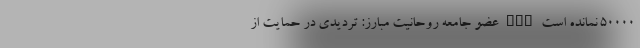
50000 نمانده است nan عضو جامعه روحانیت مبارز: تردیدی در حمایت از